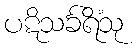
ပဋိသင်္ခရိံသု